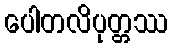
ပေါတလိပုတ္တဿ